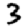
Digit: 3